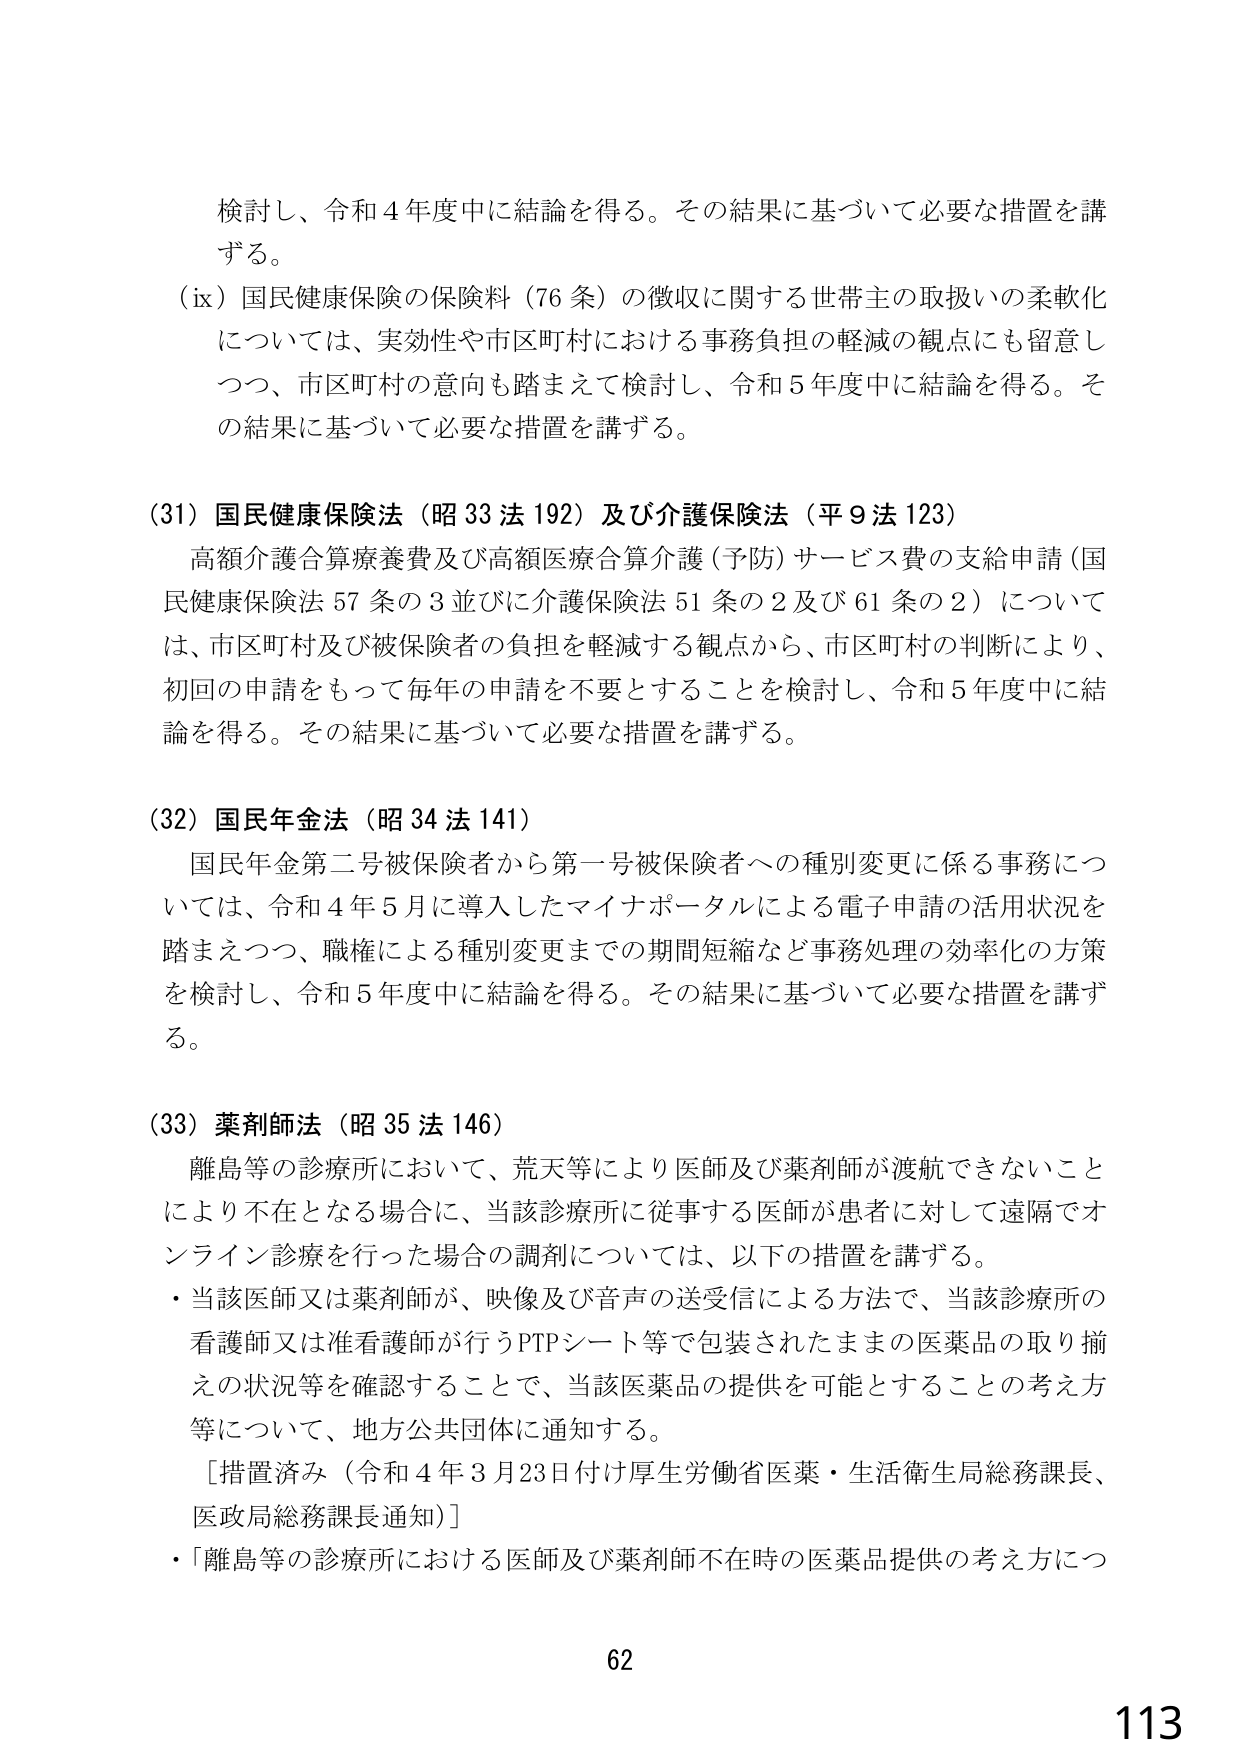
検討し、令和４年度中に結論を得る。その結果に基づいて必要な措置を講ずる。

（ix）国民健康保険の保険料（76条）の徴収に関する世帯主の取扱いの柔軟化については、実効性や市区町村における事務負担の軽減の観点にも留意しつつ、市区町村の意向も踏まえて検討し、令和５年度中に結論を得る。その結果に基づいて必要な措置を講ずる。

（31）国民健康保険法（昭33法192）及び介護保険法（平9法123）
高額介護合算療養費及び高額医療合算介護（予防）サービス費の支給申請（国民健康保険法57条の3並びに介護保険法51条の2及び61条の2）については、市区町村及び被保険者の負担を軽減する観点から、市区町村の判断により、初回の申請をもって毎年の申請を不要とすることを検討し、令和５年度中に結論を得る。その結果に基づいて必要な措置を講ずる。

（32）国民年金法（昭34法141）
国民年金第二号被保険者から第一号被保険者への種別変更に係る事務については、令和４年５月に導入したマイナポータルによる電子申請の活用状況を踏まえつつ、職権による種別変更までの期間短縮など事務処理の効率化の方策を検討し、令和５年度中に結論を得る。その結果に基づいて必要な措置を講ずる。

（33）薬剤師法（昭35法146）
離島等の診療所において、荒天等により医師及び薬剤師が渡航できないことにより不在となる場合に、当該診療所に従事する医師が患者に対して遠隔でオンライン診療を行った場合の調剤については、以下の措置を講ずる。
・当該医師又は薬剤師が、映像及び音声の送受信による方法で、当該診療所の看護師又は准看護師が行うPTPシート等で包装されたままの医薬品の取り揃えの状況等を確認することで、当該医薬品の提供を可能とすることの考え方等について、地方公共団体に通知する。
［措置済み（令和４年３月23日付け厚生労働省医薬・生活衛生局総務課長、医政局総務課長通知）］
・「離島等の診療所における医師及び薬剤師不在時の医薬品提供の考え方につ

62
113